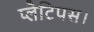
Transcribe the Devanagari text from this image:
प्लैटिपस।